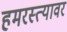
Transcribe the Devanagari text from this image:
हमरस्त्यावर